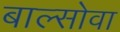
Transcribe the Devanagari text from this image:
बाल्सोवा